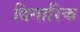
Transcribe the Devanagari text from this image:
दिनारिक